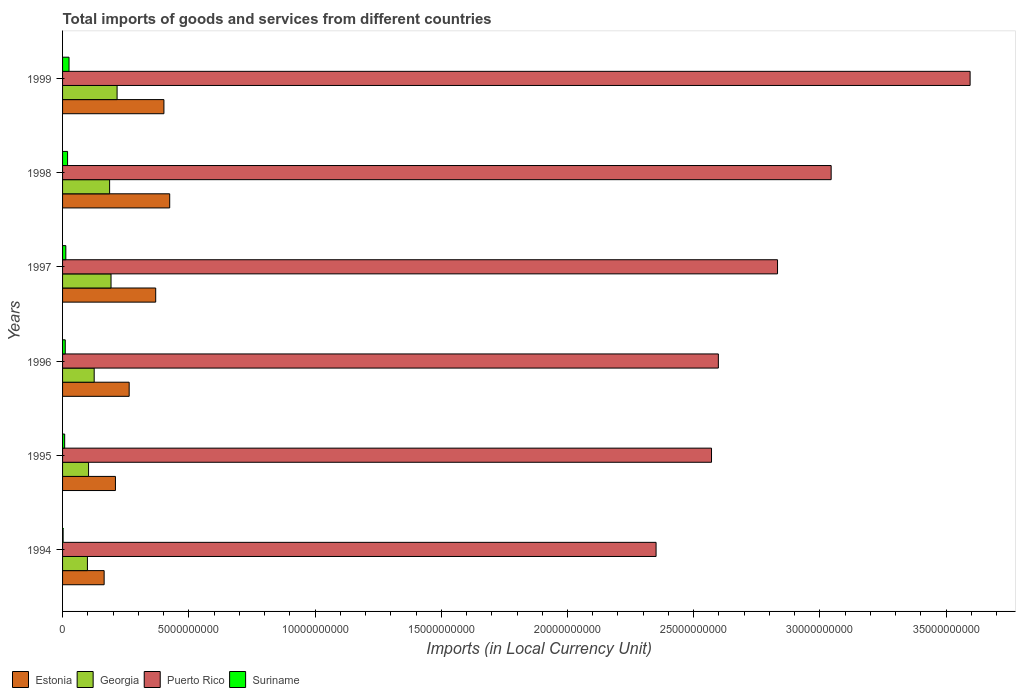
| Years | Estonia | Georgia | Puerto Rico | Suriname |
 | --- | --- | --- | --- | --- |
 | 1994 | 1.65e+09 | 9.85e+08 | 2.35e+10 | 2.14e+07 |
 | 1995 | 2.09e+09 | 1.03e+09 | 2.57e+10 | 8.35e+07 |
 | 1996 | 2.64e+09 | 1.25e+09 | 2.6e+10 | 1.06e+08 |
 | 1997 | 3.69e+09 | 1.92e+09 | 2.83e+10 | 1.29e+08 |
 | 1998 | 4.24e+09 | 1.86e+09 | 3.04e+10 | 1.98e+08 |
 | 1999 | 4.01e+09 | 2.16e+09 | 3.59e+10 | 2.56e+08 |